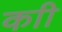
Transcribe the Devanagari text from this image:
काी